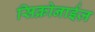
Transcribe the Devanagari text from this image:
सिक्रोनाईज़